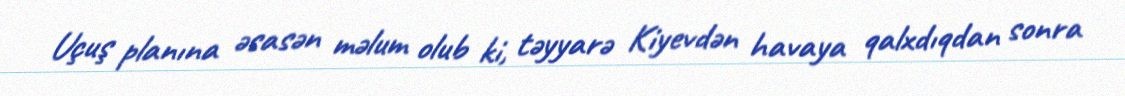
Uçuş planına əsasən məlum olub ki, təyyarə Kiyevdən havaya qalxdıqdan sonra